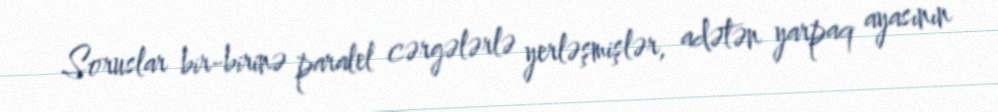
Soruslar bir-birinə paralel cərgələrlə yerləşmişlər, adətən yarpaq ayasının